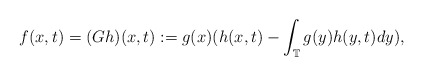
\begin{align*}f(x,t)=(Gh)(x,t):= g(x)( h(x,t)-\int_{\mathbb{T}}g(y) h(y,t) dy),\end{align*}